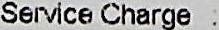
SERVICE CHARGE :